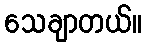
သေချာတယ်။